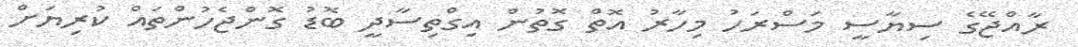
ރާއްޖޭގެ ސިޔާސީ މަސްރަހު މިހާރު އޮތް ގޮތުން އިގްތިސާދީ ބޮޑު ގޮންޖެހުންތައް ކުރިޔަށް